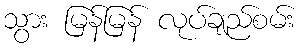
သွား မြန်မြန် လုပ်ချည်စမ်း